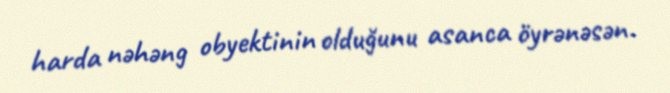
harda nəhəng obyektinin olduğunu asanca öyrənəsən.